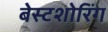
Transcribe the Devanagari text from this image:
बेस्टशोरिंग